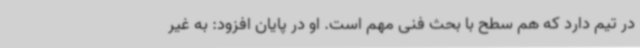
در تیم دارد که هم سطح با بحث فنی مهم است. او در پایان افزود: به غیر